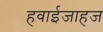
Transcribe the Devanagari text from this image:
हवाईजाहज